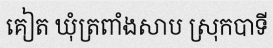
គៀត ឃុំត្រពាំងសាប ស្រុកបាទី